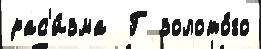
рас'и́зма  Г золото́го